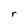
Character: r